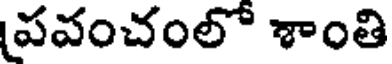
పవంచంలో శాంతి